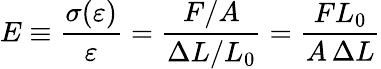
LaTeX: E\equiv{\frac{\sigma(\varepsilon)}{\varepsilon}}={\frac{F/A}{\Delta L/L_{0}}}={\frac{FL_{0}}{A\, \Delta L}}